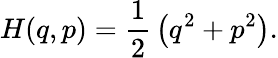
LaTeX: H(q,p)={\frac{1}{2}}\left(q^{2}+p^{2}\right).